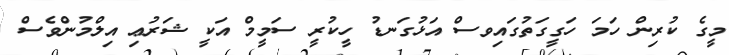
މީގެ ކުރިން ހަމަ ހަގީގަތުގައިވސް އަޅުގަނޑު ހީކުރީ ސަމީމް އަކީ ޝަރުޢި އިލްމުންވެސް